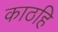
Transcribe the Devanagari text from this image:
काठहि